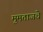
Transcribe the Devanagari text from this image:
मुमताजचे